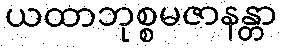
ယထာဘုစ္စမဇာနန္တာ